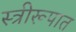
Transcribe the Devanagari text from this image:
स्त्रीरूपात